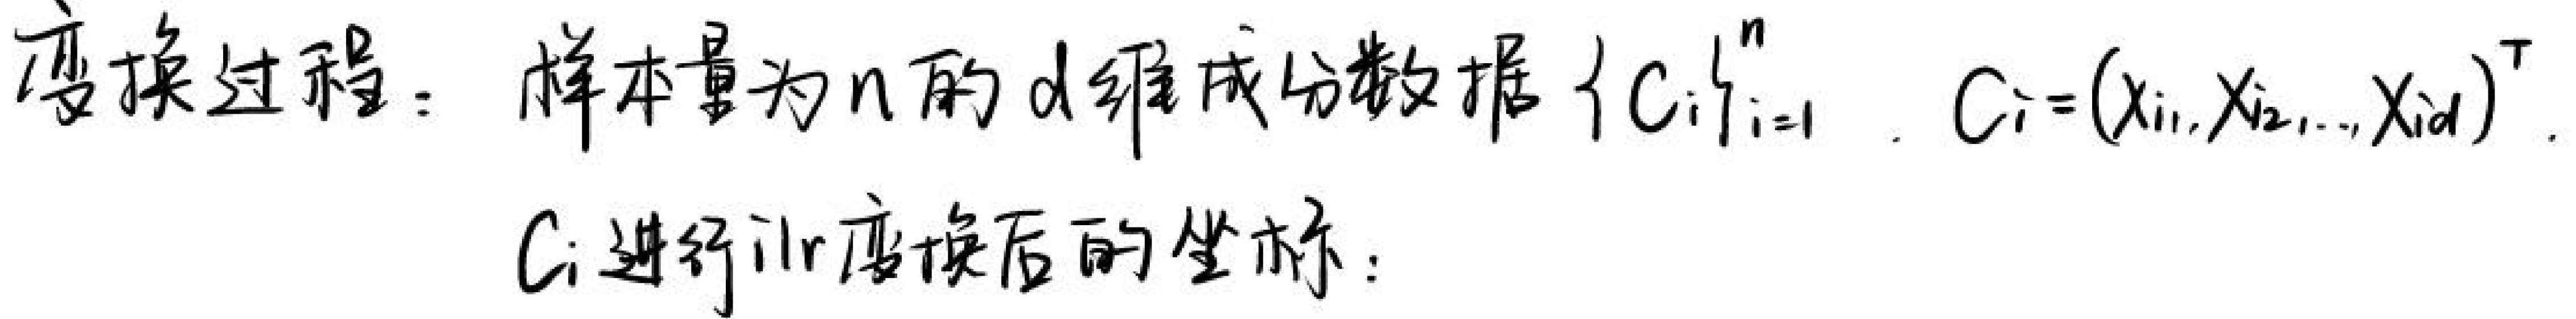
变换过程：样本量为\(n\)的\(d\)维成分数据 \(\{C_i\}_{i = 1}^{n}\)，\(C_i=(x_{i1},x_{i2},\cdots,x_{id})^{\top}\)。\(C_i\)进行ilr变换后的坐标：